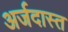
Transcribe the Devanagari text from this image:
अर्जदास्‍त